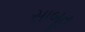
સાબૂત